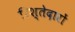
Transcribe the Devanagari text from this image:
रिश्‍तेदारों